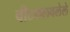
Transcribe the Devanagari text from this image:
चीटकलवलेले